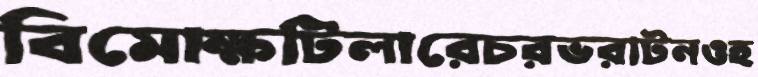
বিমোক্ষটিলারেচরভরাটনওহ